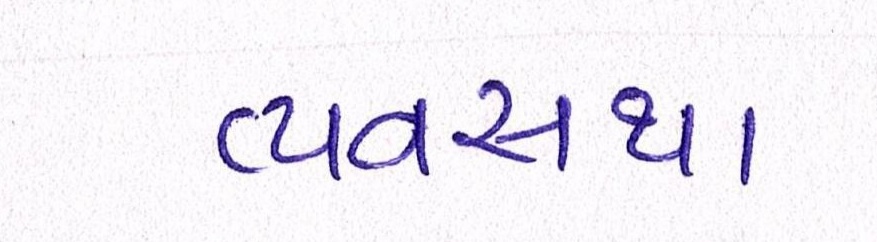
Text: વ્યવ્સથા